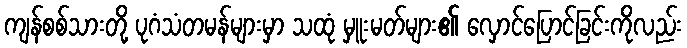
ကျန်စစ်သားတို့ ပုဂံသံတမန်များမှာ သထုံ မှူးမတ်များ၏ လှောင်ပြောင်ခြင်းကိုလည်း